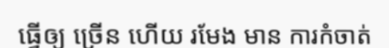
ធ្វើឲ្យ ច្រើន ហើយ រមែង មាន ការកំចាត់